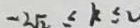
- 2 \sqrt { 2 } \leq k \leq 2